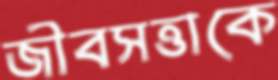
জীবসত্তাকে